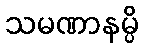
သမဏာနမ္ပိ